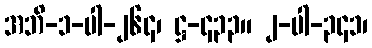
အဘိ-၁-ပါ-၂၆၄၊ ဋ္ဌ-၄၃၃။ ၂-ပါ-၃၄၁၊